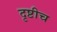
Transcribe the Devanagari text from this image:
दृष्टीच